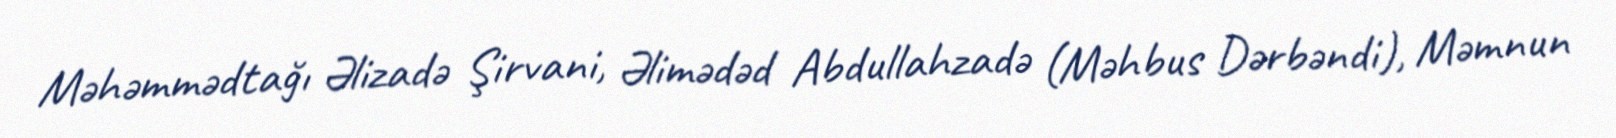
Məhəmmədtağı Əlizadə Şirvani, Əlimədəd Abdullahzadə (Məhbus Dərbəndi), Məmnun